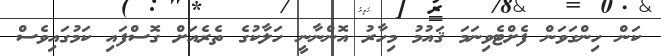
ކަން ހިންގަވަން ފެށްޓެވިނަމަ ޤައުމު މިހާރު އޮންނާނީ ހަލާކުގެ ތެރެއަށް ގޮސްފައި ކަމުގައިވެސް